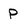
Character: P